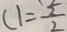
( 1 = \frac { 5 } { 2 }